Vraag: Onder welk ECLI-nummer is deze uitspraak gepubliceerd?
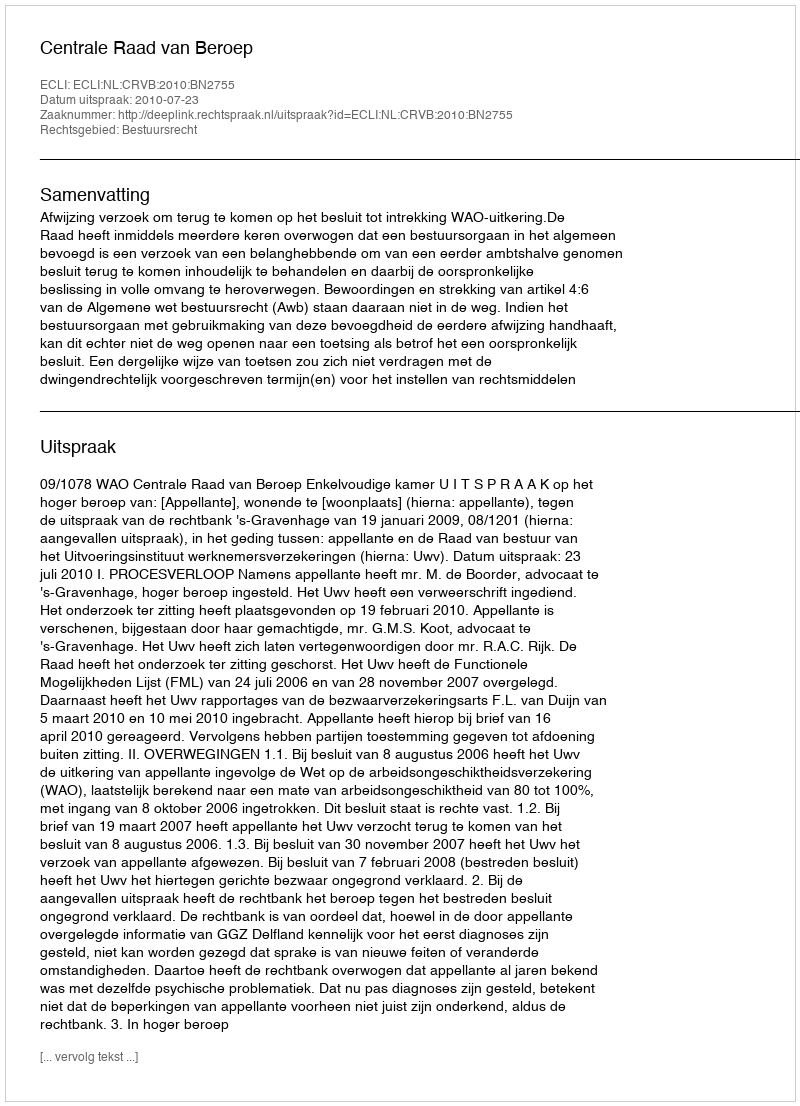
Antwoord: ECLI:NL:CRVB:2010:BN2755